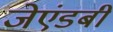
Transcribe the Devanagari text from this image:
जेएंडबी